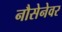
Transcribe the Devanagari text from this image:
नौसेनेवर